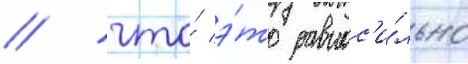
/ что́ э́то равнос'и́льно